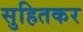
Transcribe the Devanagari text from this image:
सुहितकर